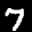
Label: 7